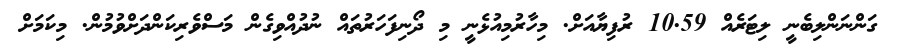
ގަންނަންލިބެނީ ލިޓަރެއް 10.59 ރުފިޔާއަށް. މިހާރުމިއުޅެނީ މި ދޯނިފަހަރުތައް ނުދުއްވިގެން މަސްވެރިކަންދަށްވުމުން. މިކަމަށް